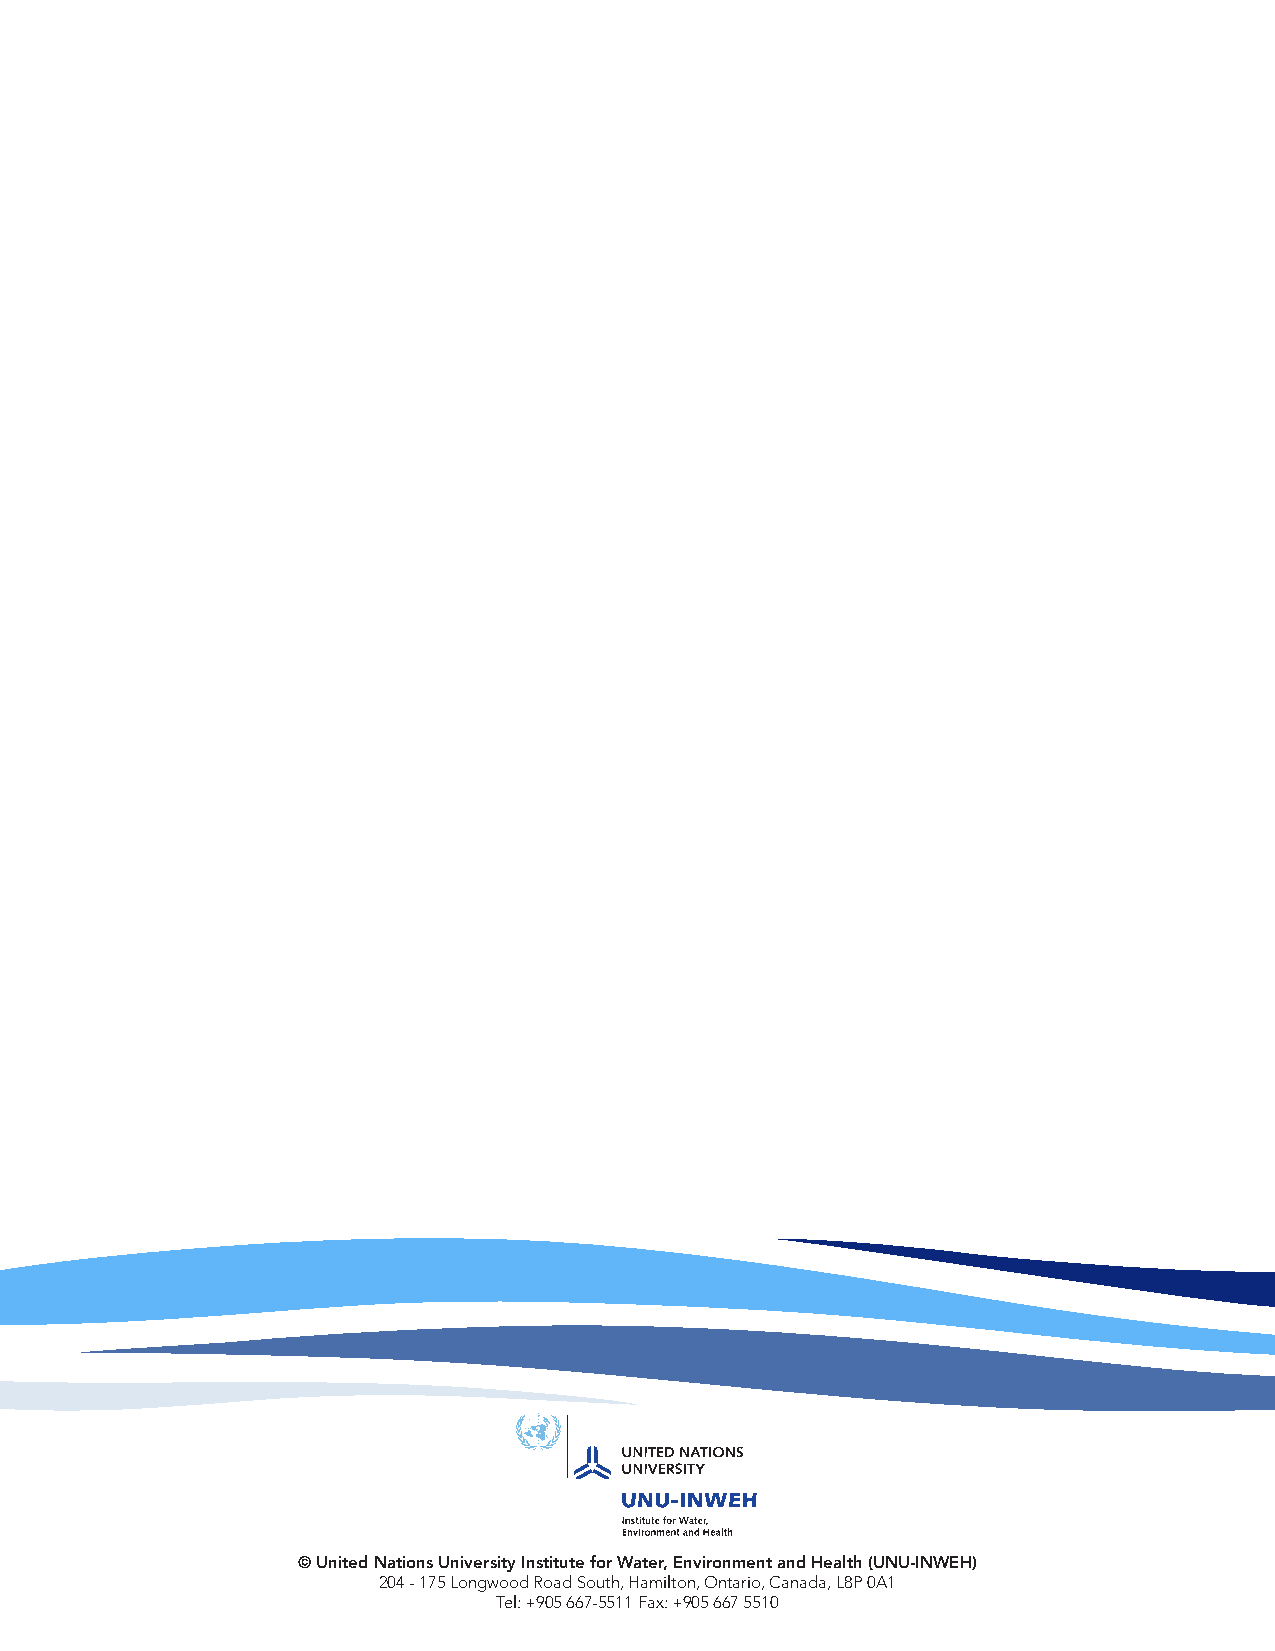
© United Nations University Institute for Water, Environment and Health (UNU-INWEH)
 204 - 175 Longwood Road South, Hamilton, Ontario, Canada, L8P 0A1
 Tel: +905 667-5511 Fax: +905 667 5510